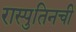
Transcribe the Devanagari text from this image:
रास्पुतिनची